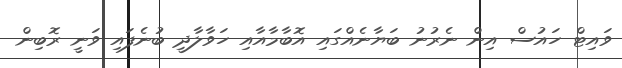
ވައިޓް ހައުސް އިން ނެރުނު ބަޔާނެއްގައި އޮބާމާއާއި ހަވާލާދީ ބުނެފައި ވަނީ ރޮބިން